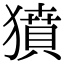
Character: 獖